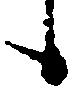
候